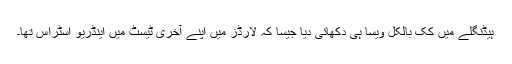
ہیڈنگلے میں کک بالکل ویسا ہی دکھائی دیا جیسا کہ لارڈز میں اپنے آخری ٹیسٹ میں اینڈریو اسٹراس تھا۔